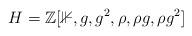
LaTeX: \begin{align*}H = \mathbb{Z}[\mathbb{1}, g, g^{2}, \rho, \rho g, \rho g^{2}]\end{align*}